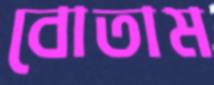
বোতাম